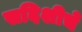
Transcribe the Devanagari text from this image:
सदिशीचे